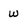
Character: w